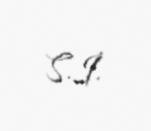
S.İ.